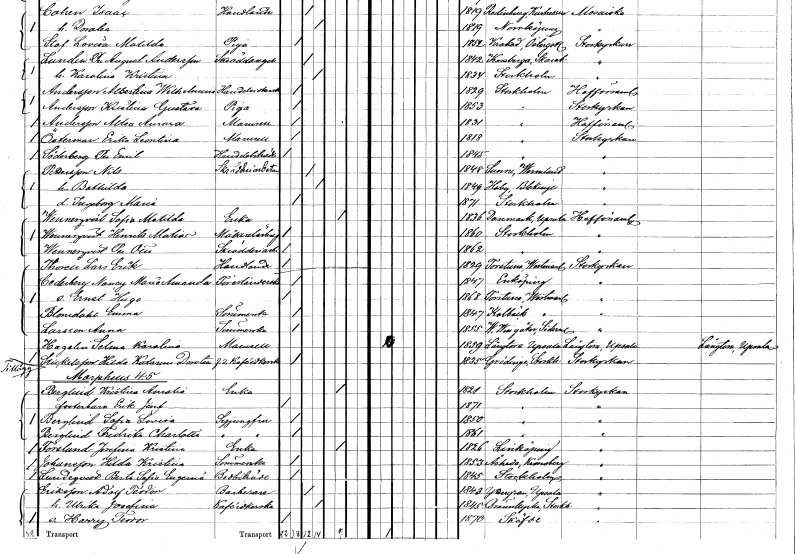
gt_parse: households: individuals: FN: Erika Leontina
EN: Östermark
KON: K
CIV: O
FODAR: 1818
FODFORS: Stockholm
FN: Per Emil
EN: Söderberg
YRKE: Handelsbiträde
KON: M
CIV: O
FODAR: 1845
FODFORS: Stockholm
FN: Nils
EN: Pettersson
YRKE: Skrädderiarbetare
KON: M
CIV: G
FODAR: 1848
FODFORS: Sunne Värmlands län
FN: Bothilda
KON: K
CIV: G
FODAR: 1849
FODFORS: Hoby Blekinge län
FN: Ingeborg Maria
KON: K
CIV: O
FODAR: 1871
FODFORS: Stockholm
FN: Sofia Matilda
EN: Wennerqvist
YRKE: Änka
KON: K
CIV: E
FODAR: 1836
FODFORS: Danmark Uppsala län
FN: Henrik Matias
EN: Wennerqvist
YRKE: Målarelärling
KON: M
CIV: O
FODAR: 1860
FODFORS: Stockholm
FN: Per Otto
EN: Wennerqvist
YRKE: Skrädderiarbetare
KON: M
CIV: O
FODAR: 1862
FODFORS: Stockholm
FN: Lars Erik
EN: Thorell
YRKE: Handlande
KON: M
CIV: O
FODAR: 1829
FODFORS: Torstuna Uppsala län
FN: Nanny Maria Amanda
EN: Cederberg
YRKE: Förestånderska
KON: K
CIV: O
FODAR: 1847
FODFORS: Enköping Uppsala län
FN: Ernst Hugo
KON: M
CIV: O
FODAR: 1868
FODFORS: Torstuna Uppsala län
FN: Emma
EN: Blomdahl
YRKE: Sömmerska
KON: K
CIV: O
FODAR: 1847
FODFORS: Kolbäck Västmanlands län
FN: Anna
EN: Larsson
YRKE: Sömmerska
KON: K
CIV: O
FODAR: 1855
FODFORS: Västra Vingåker Södermanlands län
FN: Selma Karolina
EN: Hagelin
KON: K
CIV: O
FODAR: 1859
FODFORS: Långtora Uppsala län
FN: Hilda Katarina Dorotea
EN: Stickelsson
YRKE: Kaféidkerska f.d.
KON: K
CIV: O
FODAR: 1835
FODFORS: Grödinge Stockholms län
FN: Kristina Amalia
EN: Berglind
YRKE: Änka
KON: K
CIV: E
FODAR: 1821
FODFORS: Stockholm
FN: Erik Josef
KON: M
CIV: O
FODAR: 1871
FODFORS: Stockholm
FN: Sofia Lovisa
EN: Berglind
YRKE: Syjungfru
KON: K
CIV: O
FODAR: 1850
FODFORS: Stockholm
FN: Fredrika Charlotta
EN: Berglind
YRKE: Syjungfru
KON: K
CIV: O
FODAR: 1861
FODFORS: Stockholm
FN: Josefina Kristina
EN: Forslund
YRKE: Änka
KON: K
CIV: E
FODAR: 1826
FODFORS: Linköping Östergötlands län
FN: Hilda Kristina
EN: Johansson
YRKE: Sömmerska
KON: K
CIV: O
FODAR: 1853
FODFORS: Åseda Kronobergs län
FN: Berta Sofia Eugenia
EN: Lundeqvist
YRKE: Bodbiträde
KON: K
CIV: O
FODAR: 1845
FODFORS: Stockholm
FN: Adolf Teodor
EN: Eriksson
YRKE: Barberare
KON: M
CIV: G
FODAR: 1843
FODFORS: Yttergran Uppsala län
FN: Ulrika Josefina
YRKE: Kaféidkerska
KON: K
CIV: G
FODAR: 1845
FODFORS: Brännkyrka Stockholms län
FN: Harry Teodor
KON: M
CIV: O
FODAR: 1870
FODFORS: Skövde Skaraborgs län